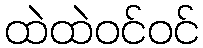
ထဲထဲဝင်ဝင်